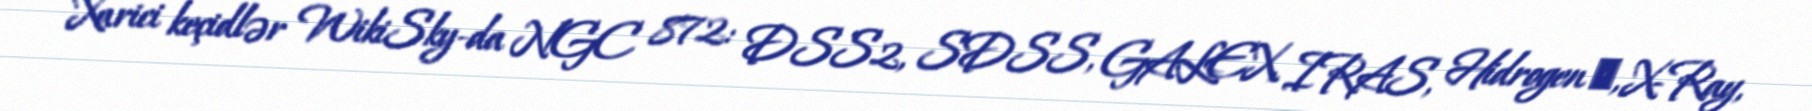
Xarici keçidlər WikiSky-da NGC 872: DSS2, SDSS, GALEX, IRAS, Hidrogen α, X-Ray,